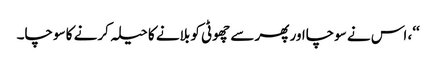
‘‘، اس نے سوچااور پھر سے چھوٹی کو بلانے کا حیلہ کرنے کا سوچا۔